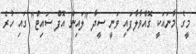
މީގެ މާނައަކީ ގޮއްވާލާފައި ވަނީ ސީދާ "ލައިން އޮފް ސައިޓް" ގައި ހުރެ